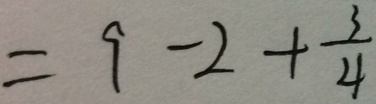
= 9 - 2 + \frac { 3 } { 4 }